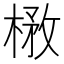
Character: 㮘